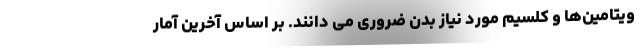
ویتامین‌ها و کلسیم مورد نیاز بدن ضروری می دانند. بر اساس آخرین آمار